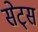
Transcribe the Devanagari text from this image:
सेट्‌स